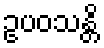
ဥပဝသန္တိ